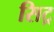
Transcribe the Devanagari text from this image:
सिट्र